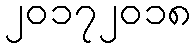
၂၀၁၇၂၀၁၈